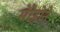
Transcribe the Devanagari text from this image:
मेरेहोने